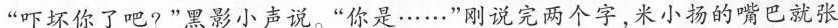
“吓坏你了吧?"黑影小声说。“你是……”刚说完两个字，米小扬的嘴巴就张